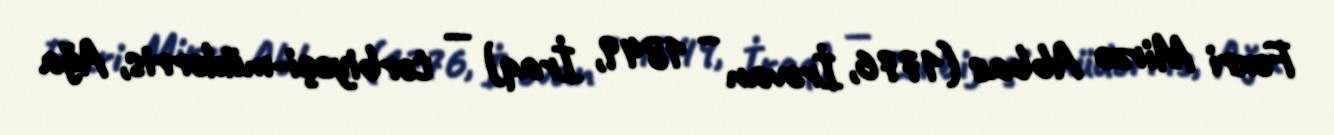
Fəxri Mirzə Abbas (1776, İrəvan – 1849, İraq) — tərbiyəçi-müdərris, Ağa